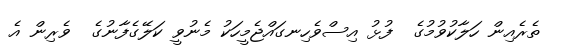
ތެރެއިން ހަލާކުވުމުގެ  ފުޅު އިސްވެހިނގައްޖެމީހަކު މެނުވީ ކަލޭގެފާނުގެ  ވެރިން އެ